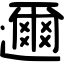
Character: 邇